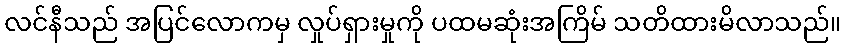
လင်နီသည် အပြင်လောကမှ လှုပ်ရှားမှုကို ပထမဆုံးအကြိမ် သတိထားမိလာသည်။